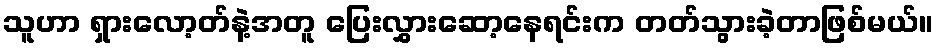
သူဟာ ရှားလော့တ်နဲ့အတူ ပြေးလွှားဆော့နေရင်းက တတ်သွားခဲ့တာဖြစ်မယ်။